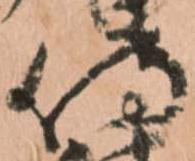
侍